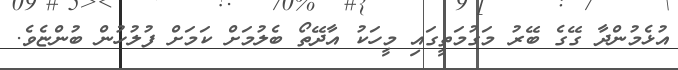
އުޅެމުންދާ ގޭގެ ބޭރު މަގުމަތީގައި މީހަކު އާދޭތޯ ބެލުމަށް ކަމަށް ފުލުހުން ބުންޏެވެ.